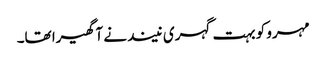
مہرو کو بہت گہری نیند نے آ گھیرا تھا۔